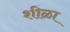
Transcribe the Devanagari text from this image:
शीळा